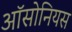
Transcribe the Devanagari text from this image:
ऑसोनियस